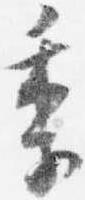
季